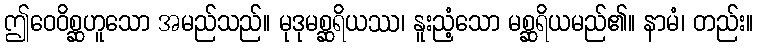
ဤဝေဝိစ္ဆဟူသော အမည်သည်။ မုဒုမစ္ဆရိယဿ၊ နူးညံ့သော မစ္ဆရိယမည်၏။ နာမံ၊ တည်း။